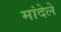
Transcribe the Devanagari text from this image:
मांदेले